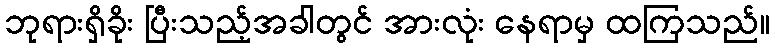
ဘုရားရှိခိုး ပြီးသည့်အခါတွင် အားလုံး နေရာမှ ထကြသည်။